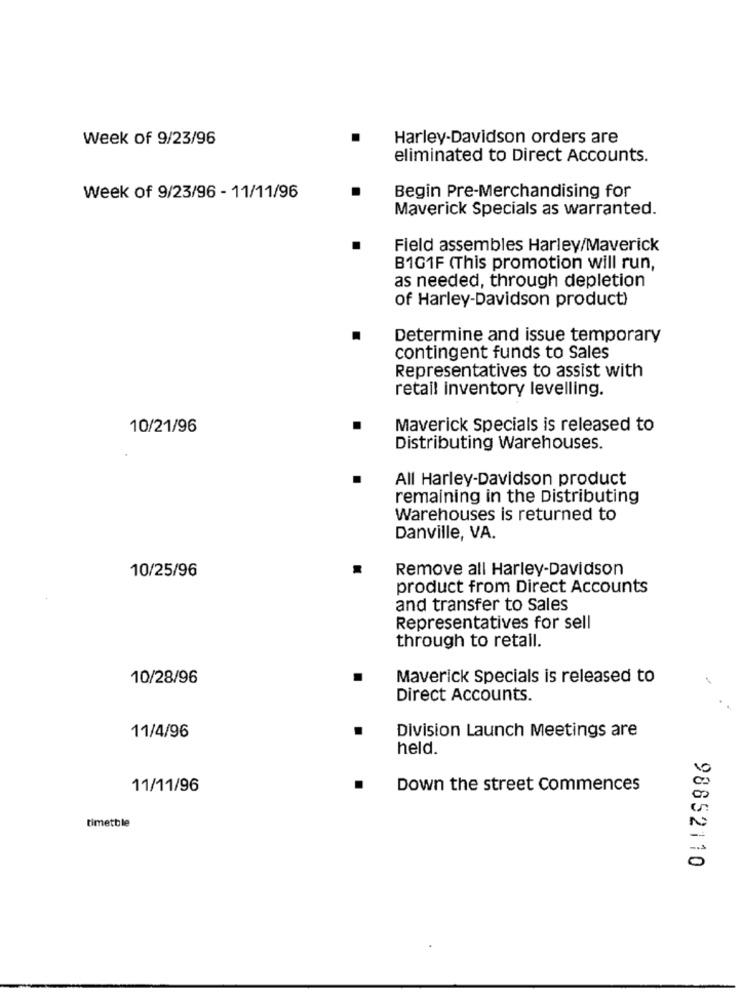
Week of 9/23/96
Harley-Davidson orders are
eliminated to Direct Accounts.
Week of 9/23/96 - 11/11/96
Begin Pre-Merchandising for
Maverick Specials as warranted.
Field assembles Harley/Maverick
B1G1F (This promotion will run,
as needed, through depletion
of Harley-Davidson product)
Determine and issue temporary
contingent funds to Sales
Representatives to assist with
retail inventory levelling.
10/21/96
Maverick Specials is released to
Distributing Warehouses.
All Harley-Davidson product
remaining in the Distributing
Warehouses is returned to
Danville, VA.
10/25/96
Remove all Harley-Davidson
product from Direct Accounts
and transfer to Sales
Representatives for sell
through to retail.
10/28/96
Maverick Specials is released to
Direct Accounts.
Division Launch Meetings are
11/4/96
held.
11/11/96
Down the street commences
timetble
98852110